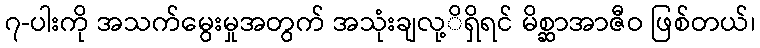
၇-ပါးကို အသက်မွေးမှုအတွက် အသုံးချလု့ိရှိရင် မိစ္ဆာအာဇီဝ ဖြစ်တယ်၊